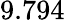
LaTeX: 9.794